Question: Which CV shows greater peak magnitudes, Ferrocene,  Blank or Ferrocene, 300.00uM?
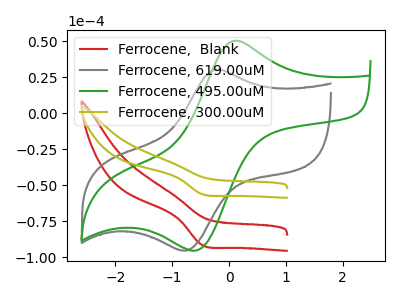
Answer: <think>The red curve "Ferrocene,  Blank" has a cathodic peak at: (-0.50V, -91.25uA). The gray curve "Ferrocene, 619.00uM" has an anodic peak at (-0.20V, 30.55uA) and a cathodic peak at (-0.75V, -95.45uA). The green curve "Ferrocene, 495.00uM" has an anodic peak at (0.15V, 50.55uA) and a cathodic peak at (-0.55V, -94.80uA). The olive curve "Ferrocene, 300.00uM" has a cathodic peak at: (-0.50V, -56.00uA).</think>
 <answer>Every peak in "Ferrocene,  Blank" is higher than every peak in "Ferrocene, 300.00uM".</answer>
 <eval>higher</eval>